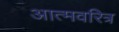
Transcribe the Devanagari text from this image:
आत्मवरित्र